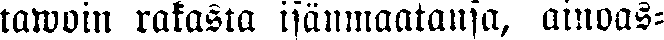
tawoin rakasta isänmaatansa, ainoas-